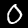
Digit: 0